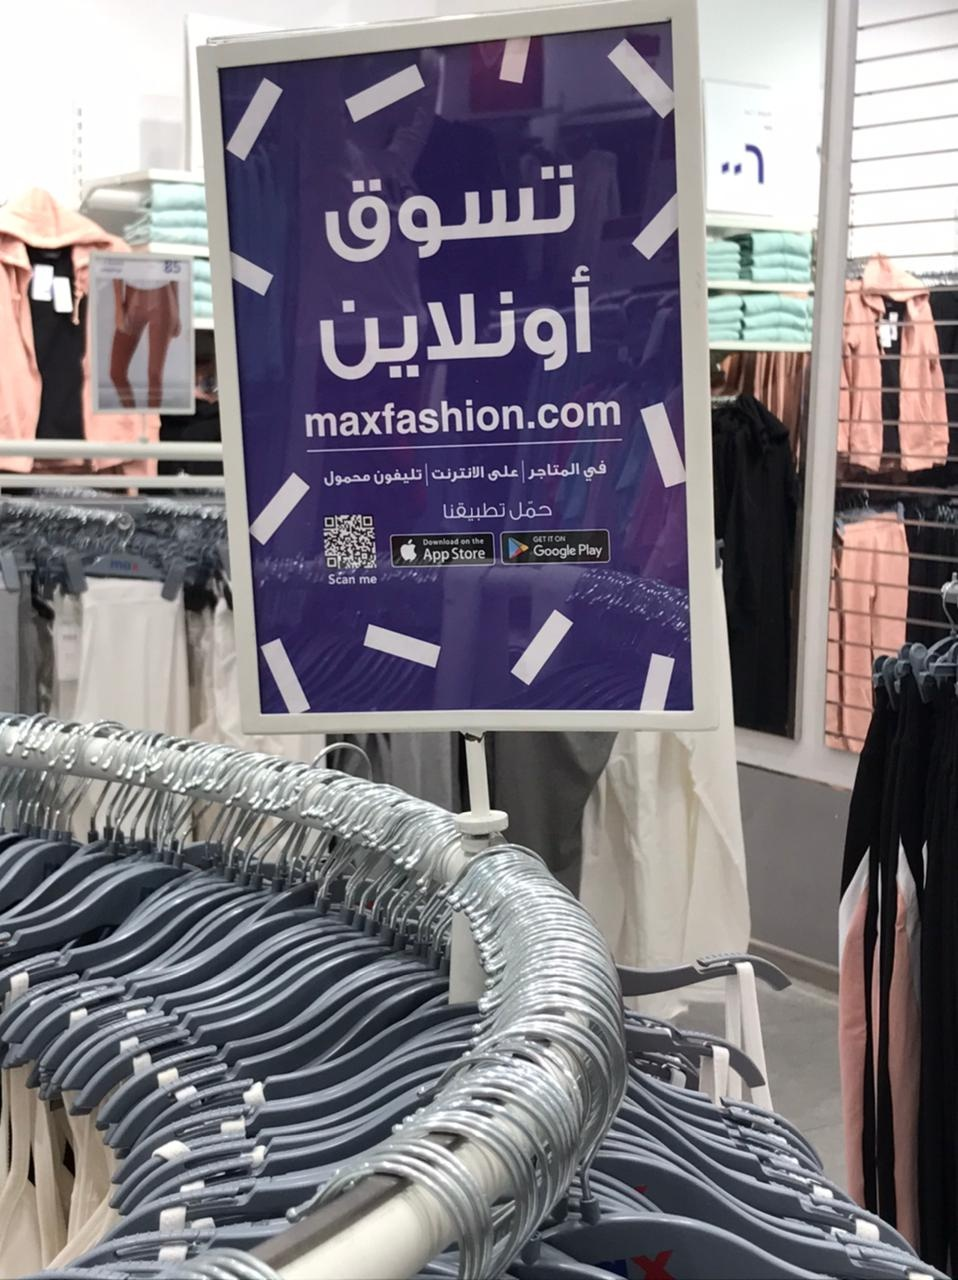
Text in image: تسوق أونلاين في المتاجر على الانترنت تليفون محمول حمل تطبيقنا maxfashion.com